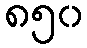
၈၅၀